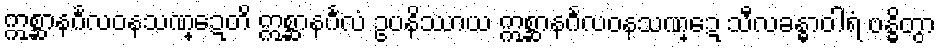
ဣစ္ဆာနင်္ဂလဝနသဏ္ဍေတိ ဣစ္ဆာနင်္ဂလံ ဥပနိဿာယ ဣစ္ဆာနင်္ဂလဝနသဏ္ဍေ သီလခန္ဓာဝါရံ ဗန္ဓိတွာ